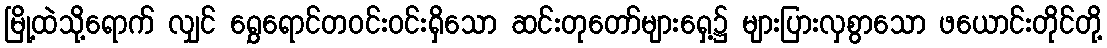
မြို့ထဲသို့ရောက် လျှင် ရွှေရောင်တဝင်းဝင်းရှိသော ဆင်းတုတော်များရှေ့၌ များပြားလှစွာသော ဖယောင်းတိုင်တို့